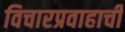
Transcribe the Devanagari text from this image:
विचारप्रवाहाची